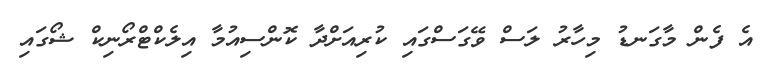
އެ ފެން މާގަނޑު މިހާރު ލަސް ވޭގަސްގައި ކުރިއަށްދާ ކޮންސިއުމާ އިލެކްޓްރޯނިކް ޝޯގައި